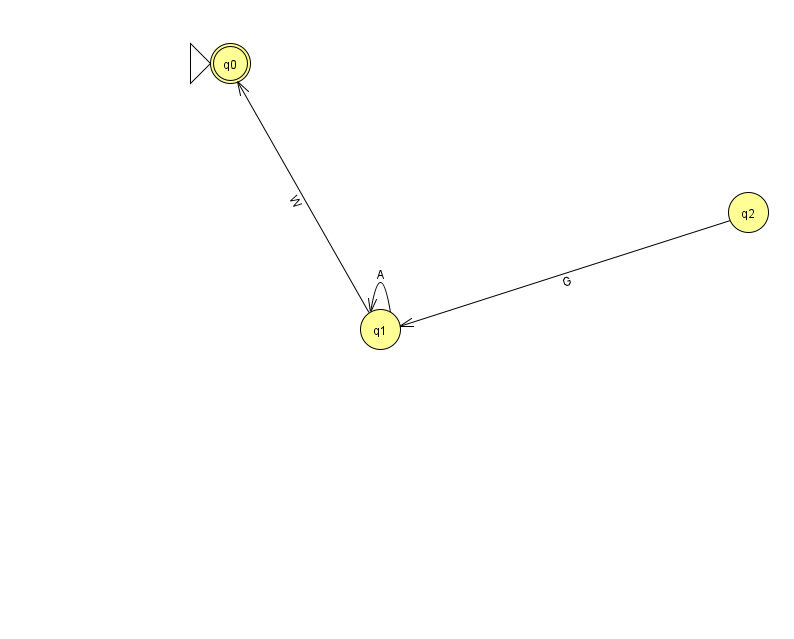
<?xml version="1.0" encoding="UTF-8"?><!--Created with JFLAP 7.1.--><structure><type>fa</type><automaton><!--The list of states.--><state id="0" name="q0"><x>230.0</x><y>50.0</y><initial/><final/></state><state id="1" name="q1"><x>380.0</x><y>316.0</y></state><state id="2" name="q2"><x>748.0</x><y>199.0</y></state><!--The list of transitions.--><transition><from>1</from><to>1</to><read>A</read></transition><transition><from>1</from><to>0</to><read>W</read></transition><transition><from>2</from><to>1</to><read>G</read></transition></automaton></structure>